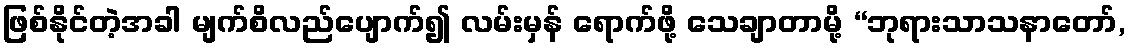
ဖြစ်နိုင်တဲ့အခါ မျက်စိလည်ပျောက်၍ လမ်းမှန် ရောက်ဖို့ သေချာတာမို့ “ဘုရားသာသနာတော်,